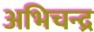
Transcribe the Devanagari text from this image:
अभिचन्द्र